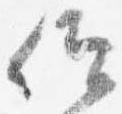
仰